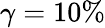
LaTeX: \gamma=10\%